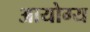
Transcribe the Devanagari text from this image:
आयोग्य